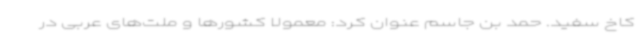
کاخ سفید. حمد بن جاسم عنوان کرد: معمولاً کشورها و ملت‌های عربی در